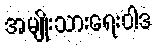
အမျိုးသားရေးဝါဒ